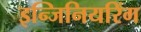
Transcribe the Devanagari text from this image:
इन्जिनियरिंग